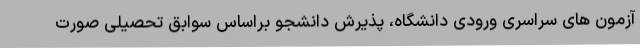
آزمون های سراسری ورودی دانشگاه، پذیرش دانشجو براساس سوابق تحصیلی صورت